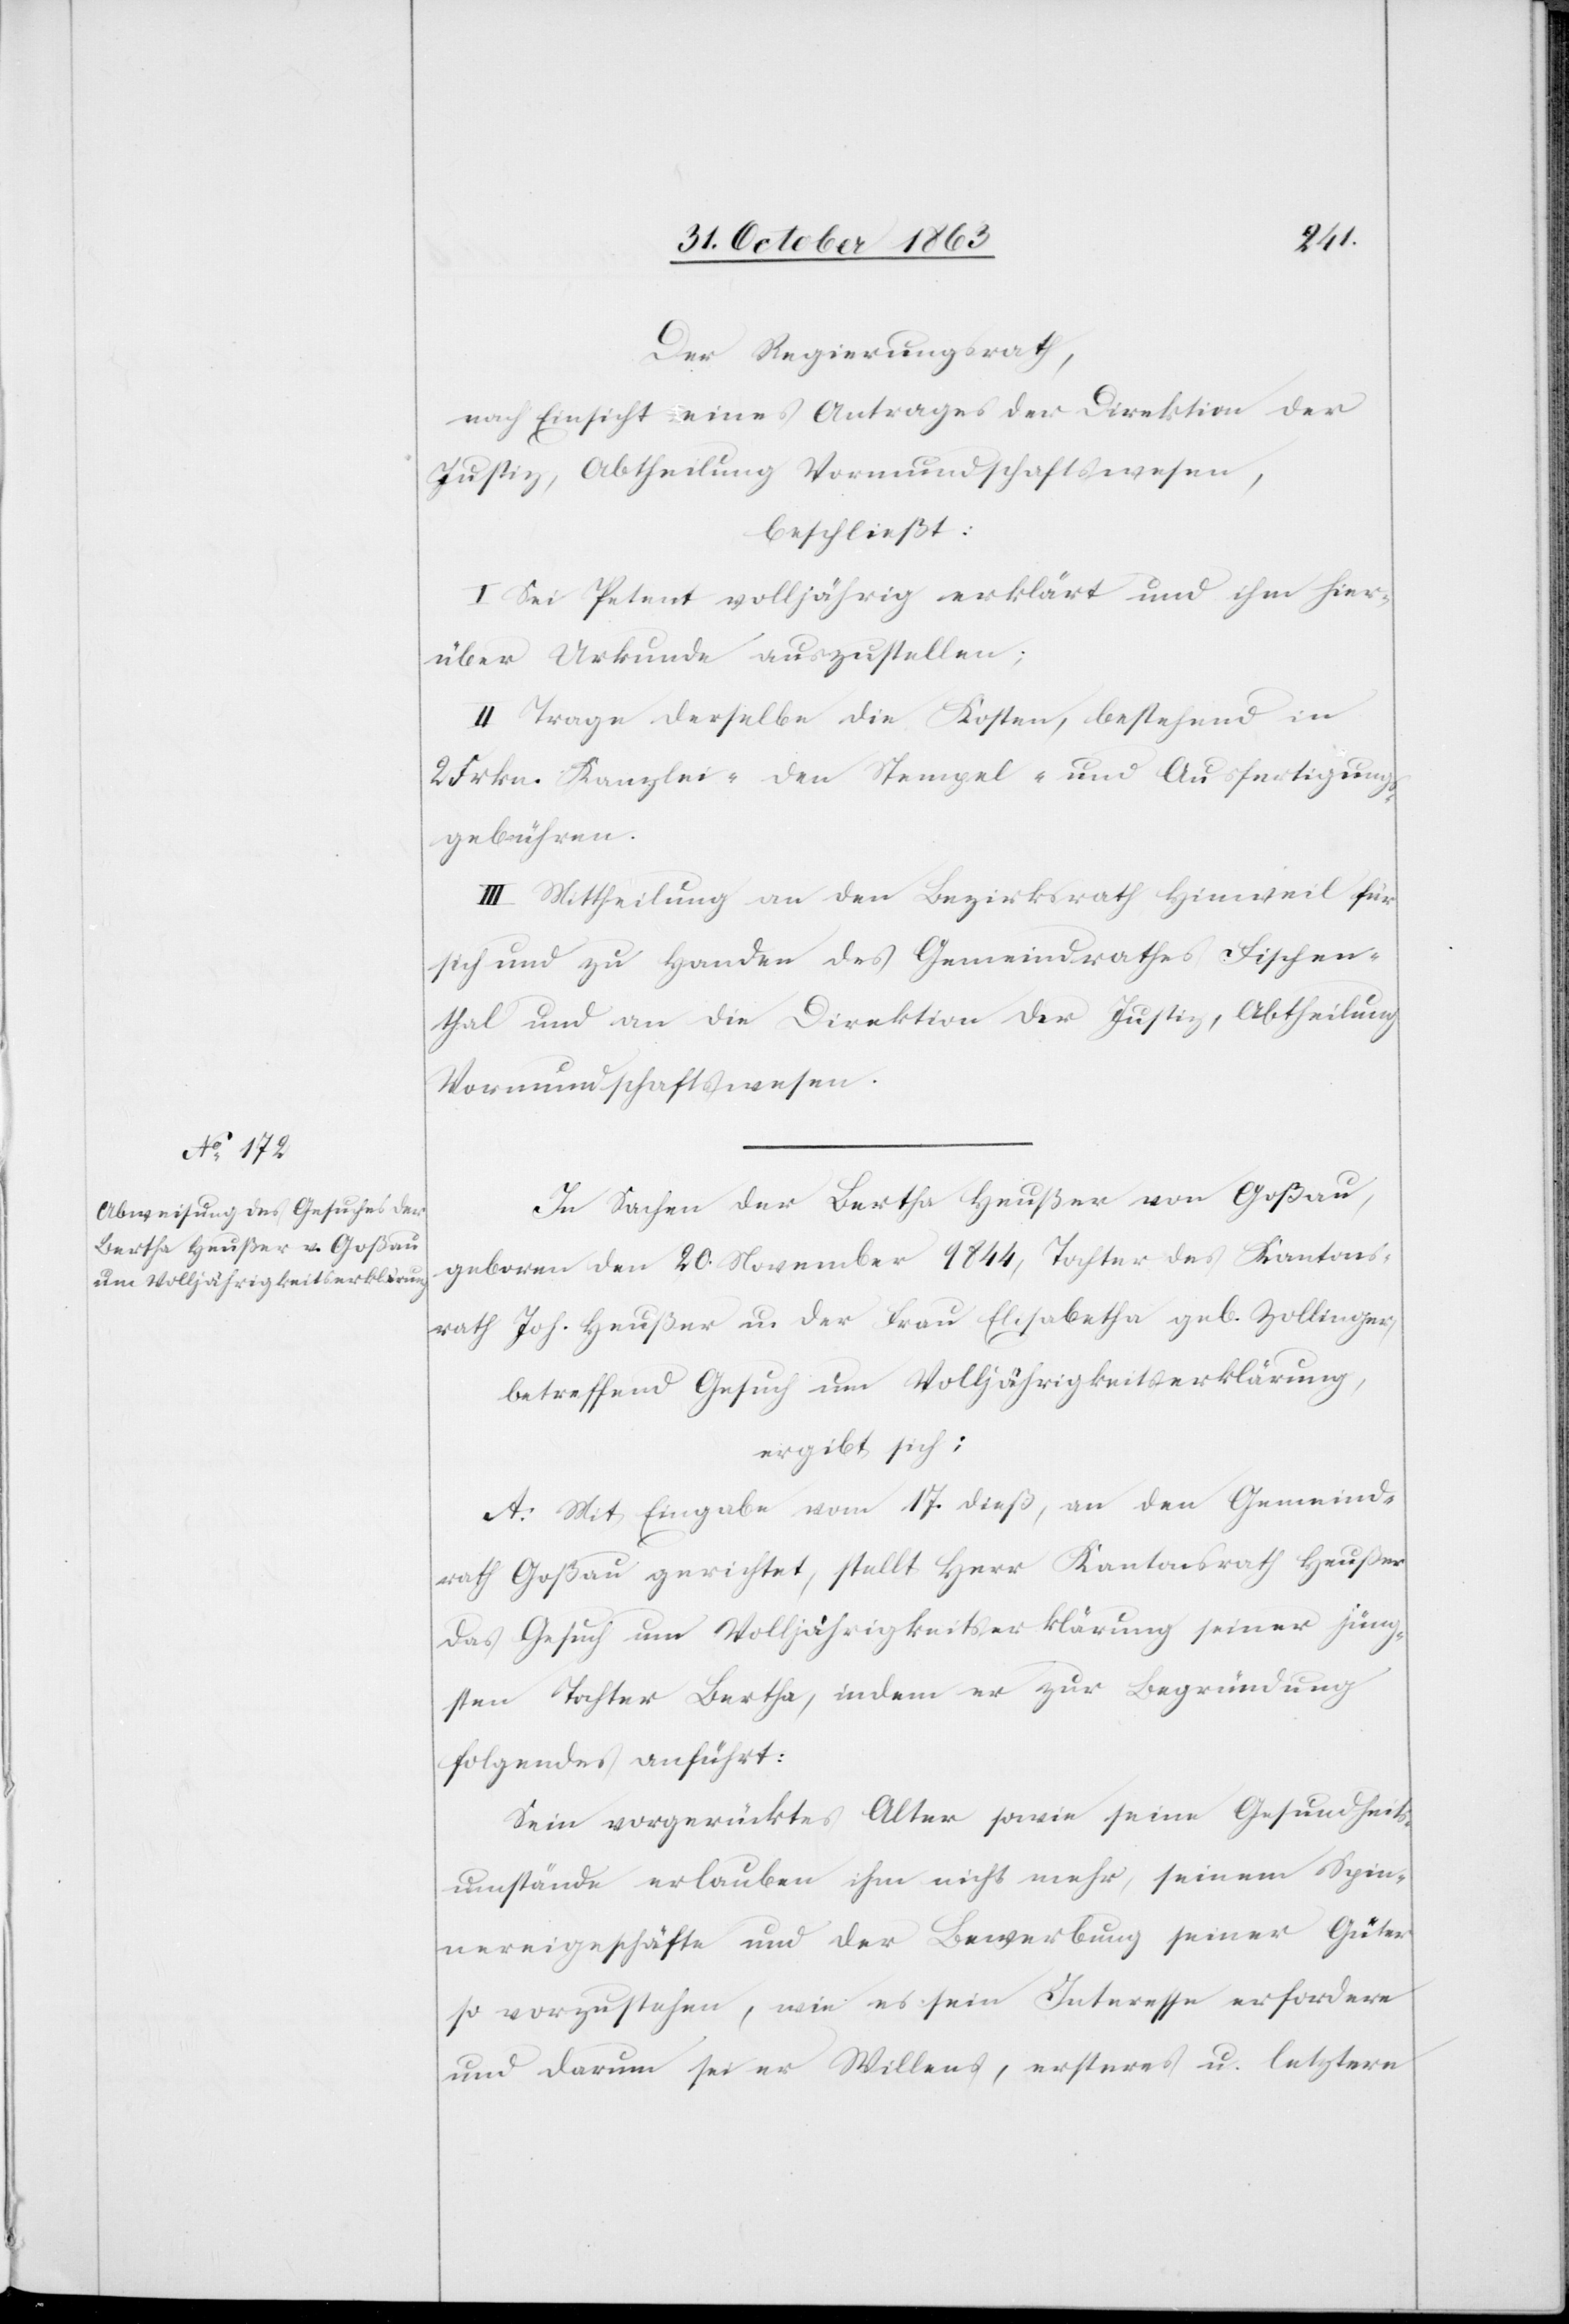
Der Regierungsrath,
nach Einsicht eines Antrages der Direktion der
Justiz, Abtheilung Vormundschaftswesen,
beschließt:
I. Sei Petent volljährig erklärt und ihm hier¬
über Urkunde auszustellen;
II. Trage derselbe die Kosten, bestehend in
Frkn. Kanzlei-[,] den Stempel- und Ausfertigungs¬
gebühren.
III. Mittheilung an den Bezirksrath Hinweil für
sich und zu Handen des Gemeindrathes Fischen¬
thal und an die Direktion der Justiz, Abtheilung
Vormundschaftswesen.
In Sachen der Bertha Heußer von Goßau,
geboren den 20. November 1844, Tochter des Kantons¬
rath Joh. Heußer u. der Frau Elisabetha geb. Zollinger,
betreffend Gesuch um Volljährigkeitserklärung
ergibt sich:
A: Mit Eingabe vom 17. dieß, an den Gemeind¬
rath Goßau gerichtet, stellt Herr Kantonsrath Heußer
das Gesuch um Volljährigkeitserklärung seiner jüng¬
sten Tochter Bertha, indem er zur Begründung
folgendes anführt:
Sein vorgerücktes Alter sowie seine Gesundheits¬
umstände erlauben ihm nicht mehr, seinem Spin¬
nereigeschäfte und der Bewerbung seiner Güter
so vorzustehen, wie es sein Interesse erfordere
und darum sei er Willens, ersteres u. letztere